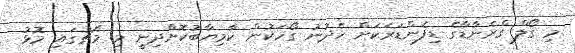
މި ގޯލް ގްރެނާޑާގެ ޑިފެންޑަރަކަށް ހެދުނު ގޯހަކުން ކާމިޔާބުކޮށްދިނީ މި މެޗުގައި މޮޅު